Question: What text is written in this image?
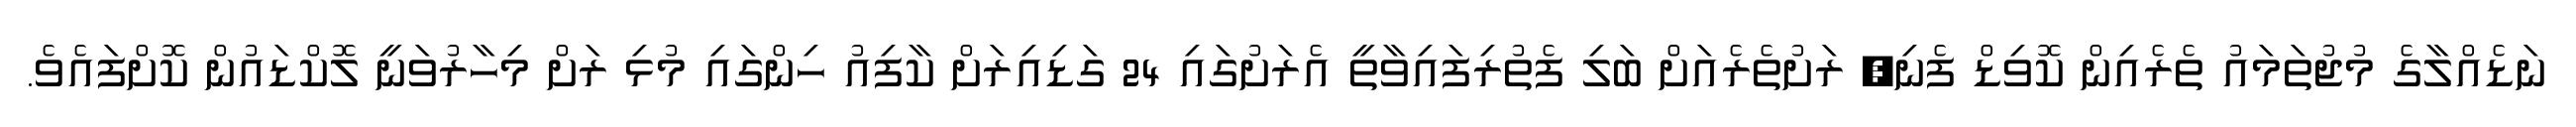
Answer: ނަޑެއްލާގެ މުޖުތަމައު ތެރެއިން ކޮވިޑް ފެނި, ރަށުތެރެއަށް ބަލި ފެތުރިފައިވާތީ އެރަށުގައި 24 ގަޑިއިރަށް ކާފިއު ހިންގައި މުޅި ރަށް މިހާރުވަނީ ލޮކްޑައުން ކޮށްފައެވެ.